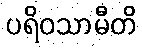
ပရိဝသာမီတိ